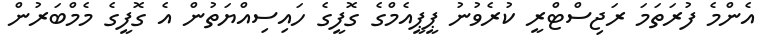
އެންމެ ފުރަތަމަ ރަޖިސްޓްރީ ކުރެވުނު ޕީޕީއެމްގެ ގޮފީގެ ހައިސިއްޔަތުން އެ ގޮފީގެ މެމްބަރުން